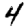
Digit: 4